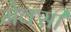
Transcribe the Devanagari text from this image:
मेक्सी